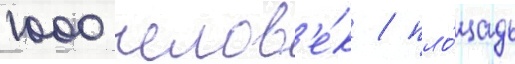
1000 челов'е́к / пло́щадь